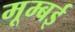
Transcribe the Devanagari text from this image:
मूम्बई